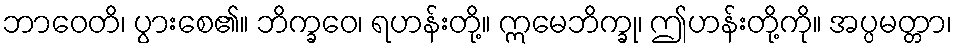
ဘာဝေတိ၊ ပွားစေ၏။ ဘိက္ခဝေ၊ ရဟန်းတို့။ ဣမေဘိက္ခု၊ ဤဟန်းတို့ကို။ အပ္ပမတ္တာ၊